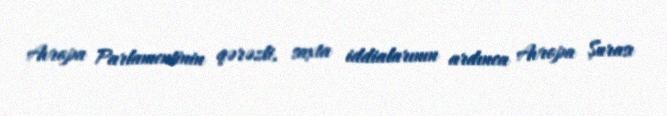
Avropa Parlamentinin qərəzli, saxta iddialarının ardınca Avropa Şurası